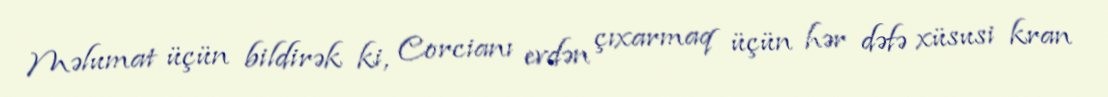
Məlumat üçün bildirək ki, Corcianı evdən çıxarmaq üçün hər dəfə xüsusi kran